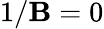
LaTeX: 1/\mathbf{B}=0